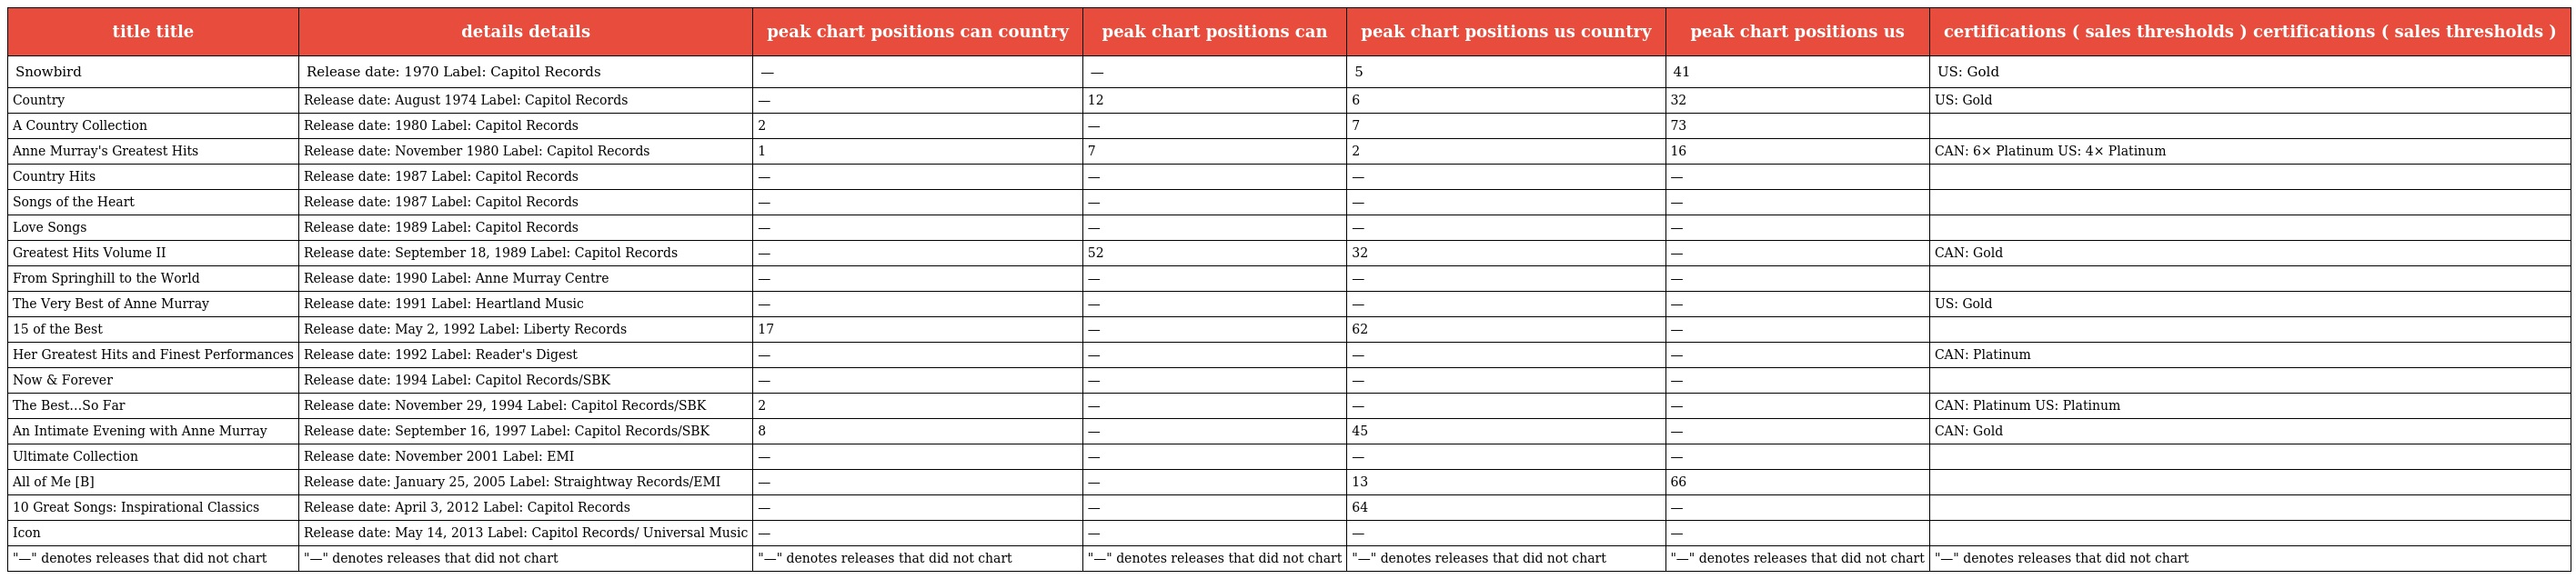
| title title | details details | peak chart positions can country | peak chart positions can | peak chart positions us country | peak chart positions us | certifications ( sales thresholds ) certifications ( sales thresholds ) |
 | --- | --- | --- | --- | --- | --- | --- |
 | Snowbird | Release date: 1970 Label: Capitol Records | — | — | 5 | 41 | US: Gold |
 | Country | Release date: August 1974 Label: Capitol Records | — | 12 | 6 | 32 | US: Gold |
 | A Country Collection | Release date: 1980 Label: Capitol Records | 2 | — | 7 | 73 |  |
 | Anne Murray's Greatest Hits | Release date: November 1980 Label: Capitol Records | 1 | 7 | 2 | 16 | CAN: 6× Platinum US: 4× Platinum |
 | Country Hits | Release date: 1987 Label: Capitol Records | — | — | — | — |  |
 | Songs of the Heart | Release date: 1987 Label: Capitol Records | — | — | — | — |  |
 | Love Songs | Release date: 1989 Label: Capitol Records | — | — | — | — |  |
 | Greatest Hits Volume II | Release date: September 18, 1989 Label: Capitol Records | — | 52 | 32 | — | CAN: Gold |
 | From Springhill to the World | Release date: 1990 Label: Anne Murray Centre | — | — | — | — |  |
 | The Very Best of Anne Murray | Release date: 1991 Label: Heartland Music | — | — | — | — | US: Gold |
 | 15 of the Best | Release date: May 2, 1992 Label: Liberty Records | 17 | — | 62 | — |  |
 | Her Greatest Hits and Finest Performances | Release date: 1992 Label: Reader's Digest | — | — | — | — | CAN: Platinum |
 | Now & Forever | Release date: 1994 Label: Capitol Records/SBK | — | — | — | — |  |
 | The Best…So Far | Release date: November 29, 1994 Label: Capitol Records/SBK | 2 | — | — | — | CAN: Platinum US: Platinum |
 | An Intimate Evening with Anne Murray | Release date: September 16, 1997 Label: Capitol Records/SBK | 8 | — | 45 | — | CAN: Gold |
 | Ultimate Collection | Release date: November 2001 Label: EMI | — | — | — | — |  |
 | All of Me [B] | Release date: January 25, 2005 Label: Straightway Records/EMI | — | — | 13 | 66 |  |
 | 10 Great Songs: Inspirational Classics | Release date: April 3, 2012 Label: Capitol Records | — | — | 64 | — |  |
 | Icon | Release date: May 14, 2013 Label: Capitol Records/ Universal Music | — | — | — | — |  |
 | "—" denotes releases that did not chart | "—" denotes releases that did not chart | "—" denotes releases that did not chart | "—" denotes releases that did not chart | "—" denotes releases that did not chart | "—" denotes releases that did not chart | "—" denotes releases that did not chart |